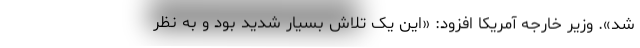
شد». وزیر خارجه آمریکا افزود: «این یک تلاش بسیار شدید بود و به نظر